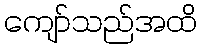
ကျော်သည်အထိ